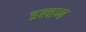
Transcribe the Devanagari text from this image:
डल्हण